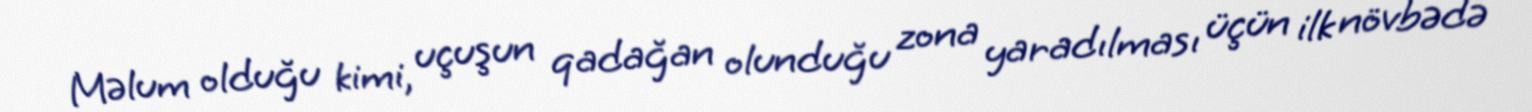
Məlum olduğu kimi, uçuşun qadağan olunduğu zona yaradılması üçün ilk növbədə